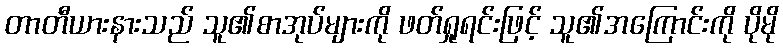
တာတီယားနားသည် သူ၏စာအုပ်များကို ဖတ်ရှုရင်းဖြင့် သူ၏အကြောင်းကို ပိုမို